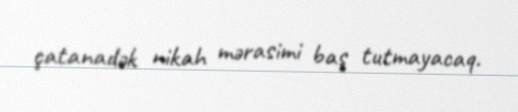
çatanadək nikah mərasimi baş tutmayacaq.